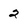
Character: 2